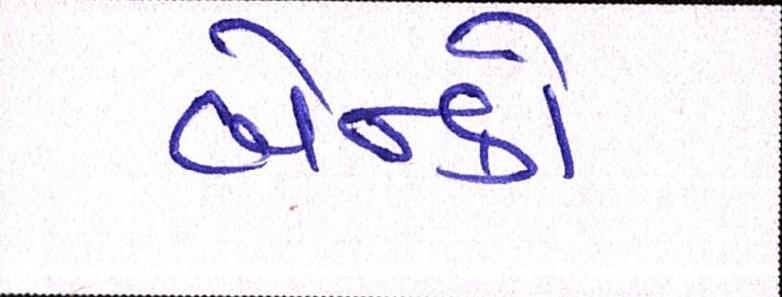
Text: બેન્કો